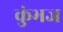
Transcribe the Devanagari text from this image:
कुंभज